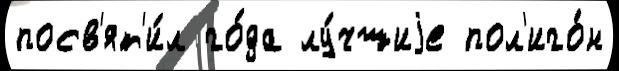
посв'ят'и́л го́да лу́чшиjе пол'иго́н